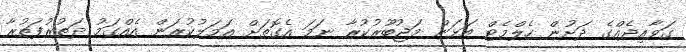
ގަވާއިދެއްގެ ދަށުން ހެލްމެޓް އަޅަން މަޖުބޫރުކުރާ ނަމަ އެގޮތަށް އަމަލުކުރަން އެއްގަމު ދަތުރުފަތުރާ